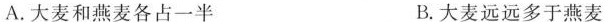
A.大麦和燕麦各占一半 B.大麦远远多于燕麦